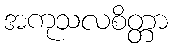
အကုသလစိတ္တာ